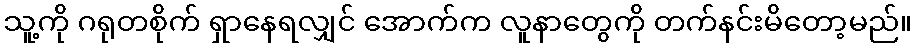
သူ့ကို ဂရုတစိုက် ရှာနေရလျှင် အောက်က လူနာတွေကို တက်နင်းမိတော့မည်။